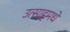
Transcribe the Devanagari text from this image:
उत्साहमधे